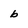
Character: b